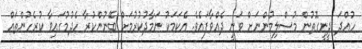
ހުއްދަ ދީނީގޮތުން މުސްލިމުންނަށް ވަނީ ދެއްވާފައެވެ. އެކަމަކު ނަމާދުކުރުމަށް ބޭނުންކުރާ ހެދުމުގައިވާ ކުރެހުންތައް